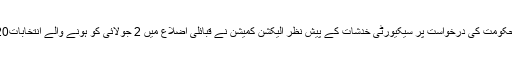
واضح رہے کہ خیبر پختونخوا حکومت کی درخواست پر سیکیورٹی خدشات کے پیش نظر الیکشن کمیشن نے قبائلی اضلاع میں 2 جولائی کو ہونے والے انتخابات20 جولائی تک موخر کیے تھے۔